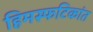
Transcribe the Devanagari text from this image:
हिमस्फटिकांत